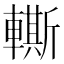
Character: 䡳